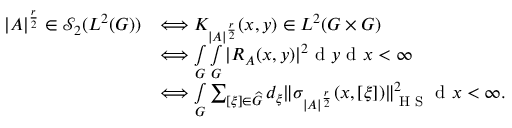
\begin{array} { r l } { | A | ^ { \frac { r } { 2 } } \in \mathscr { S } _ { 2 } ( L ^ { 2 } ( G ) ) } & { \Longleftrightarrow K _ { | A | ^ { \frac { r } { 2 } } } ( x , y ) \in L ^ { 2 } ( G \times G ) } \\ & { \Longleftrightarrow \smallint _ { G } \smallint _ { G } | R _ { A } ( x , y ) | ^ { 2 } \textnormal { d } y \textnormal { d } x < \infty } \\ & { \Longleftrightarrow \smallint _ { G } \sum _ { [ \xi ] \in \widehat { G } } d _ { \xi } \Vert \sigma _ { | A | ^ { \frac { r } { 2 } } } ( x , [ \xi ] ) \| _ { \textnormal { H S } } ^ { 2 } \textnormal { d } x < \infty . } \end{array}